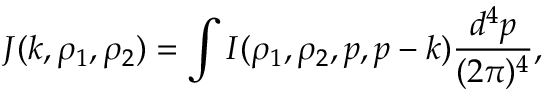
J ( k , \rho _ { 1 } , \rho _ { 2 } ) = \int I ( \rho _ { 1 } , \rho _ { 2 } , p , p - k ) { \frac { d ^ { 4 } p } { ( 2 \pi ) ^ { 4 } } } ,